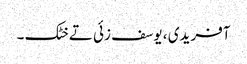
آفریدی ، یوسف زئی تے خٹک ۔